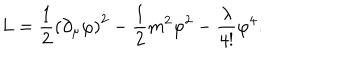
L = \frac { 1 } { 2 } \left( \partial _ { \mu } \varphi \right) ^ { 2 } - \frac { 1 } { 2 } m ^ { 2 } \varphi ^ { 2 } - \frac { \lambda } { 4 ! } \varphi ^ { 4 } .